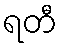
ရတီ